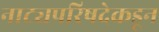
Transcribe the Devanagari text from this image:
नाट्यपरिषदेकडून